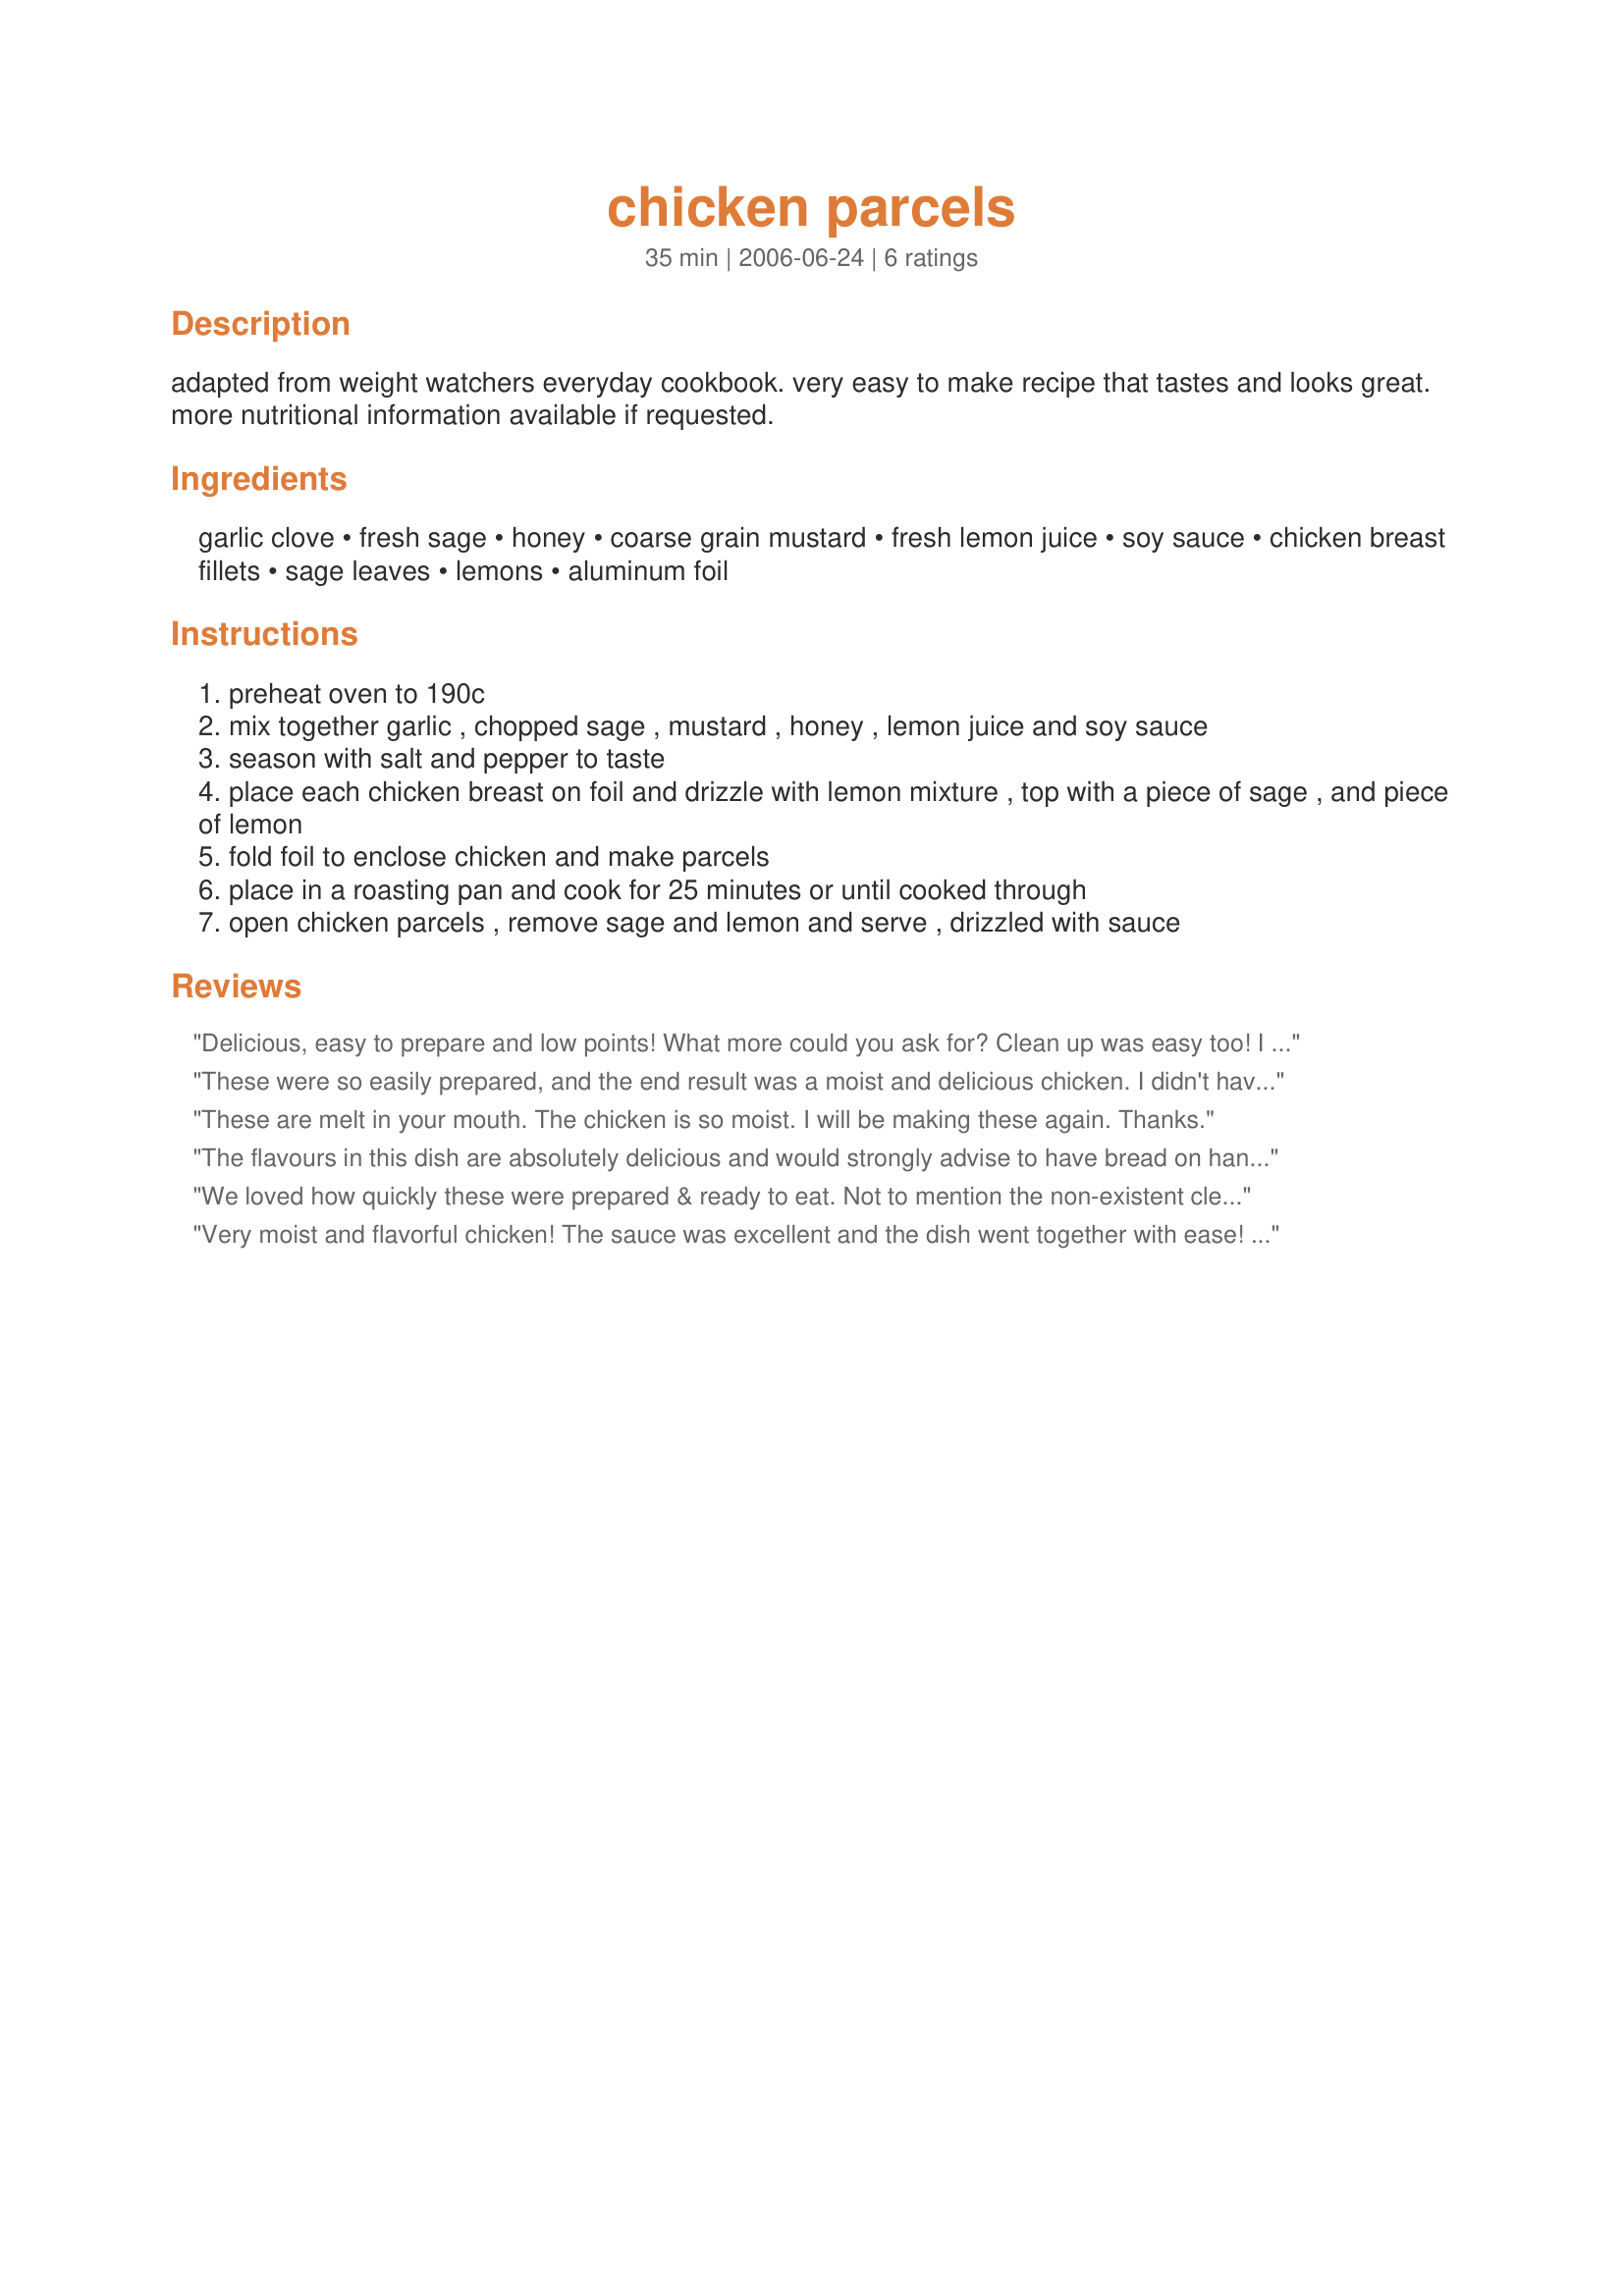
chicken parcels
Preparation time: 35 minutes

adapted from weight watchers everyday cookbook. very easy to make recipe that tastes and looks great. more nutritional information available if requested.

Ingredients:
garlic clove, fresh sage, honey, coarse grain mustard, fresh lemon juice, soy sauce, chicken breast fillets, sage leaves, lemons, aluminum foil

Steps:
preheat oven to 190c
mix together garlic , chopped sage , mustard , honey , lemon juice and soy sauce
season with salt and pepper to taste
place each chicken breast on foil and drizzle with lemon mixture , top with a piece of sage , and piece of lemon
fold foil to enclose chicken and make parcels
place in a roasting pan and cook for 25 minutes or until cooked through
open chicken parcels , remove sage and lemon and serve , drizzled with sauce

Reviews:
Delicious, easy to prepare and low points! What more could you ask for? Clean up was easy too!
I had frozen chicken breasts and so I increased the cooking time to 1 hour; they came out perfect!
These were so easily prepared, and the end result was a moist and delicious chicken. I didn't have any sage leaves, so I added a little more sage in the sauce to make up for it. A terrific blend of flavours, we all really enjoyed this. Thanks for posting Sarah!
These are melt in your mouth. The chicken is so moist. I will be making these again. Thanks.
The flavours in this dish are absolutely delicious and would strongly advise to have bread on hand to mop up that addictive sauce. My breasts were 220g each and at 25 minutes were a little dry - next time will cook for 20 minutes. Thank you Sarah for a very flavoursome recipe. Made for Recipe Swap #14 - March 2008.
We loved how quickly these were prepared & ready to eat. Not to mention the non-existent clean-up! Definitely a good one for busy families. DH & DS (15) felt the chicken was a little too bland in flavor. I think they're just used to a lot more garlic. lol Next time I'll increase the garlic to a couple cloves & possibly increase the honey. Thanks for posting, Sarah!
Very moist and flavorful chicken! The sauce was excellent and the dish went together with ease! Clean-up was a breeze too!
